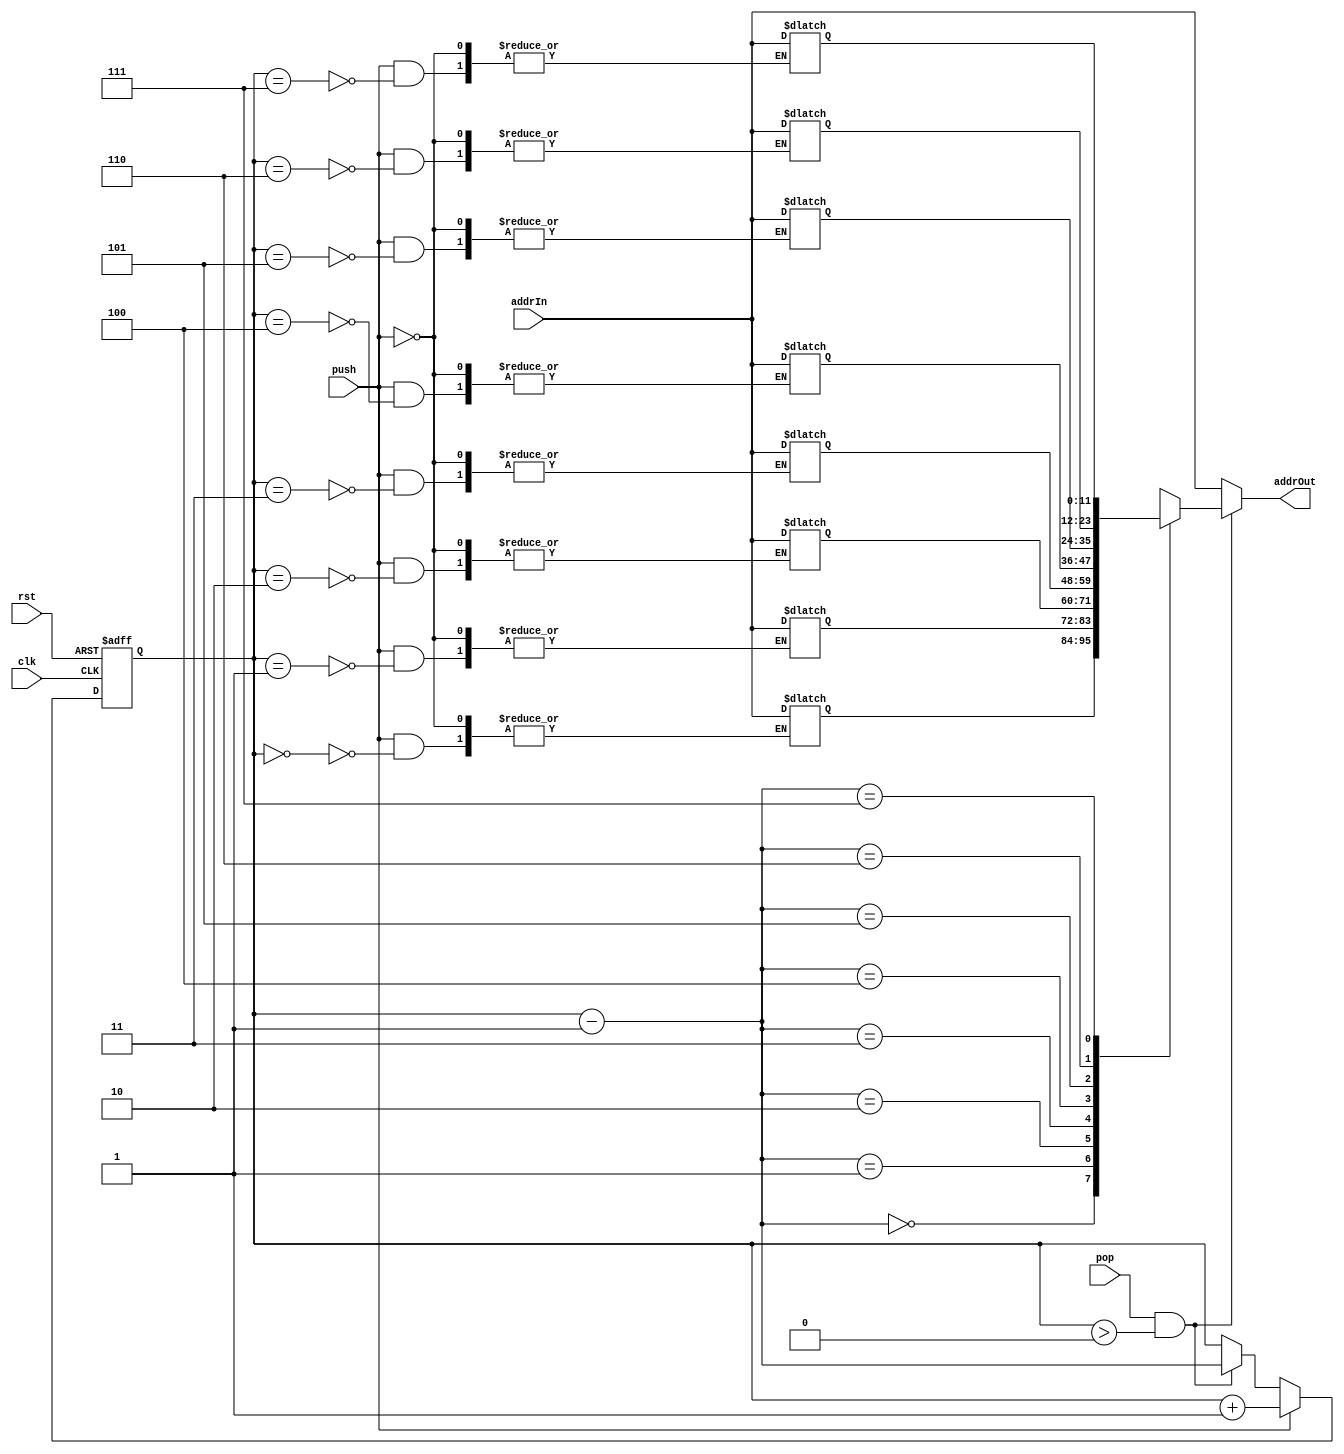
module stack(
	input clk, rst, push, pop,
	input [11:0]addrIn,
	output reg[11:0]addrOut
);
	reg [11:0] stack [0:7];
	reg [2:0] ptr;
	initial ptr = 0;

	always @(posedge clk, posedge rst) begin
		if (rst)
			ptr = 0;
		else if (push)
			ptr <= ptr + 1;
		else if (pop && ptr > 0)
			ptr <= ptr - 1;
	end

	always @(push, pop) begin
		if(push)
			stack[ptr] <= addrIn;
		if(pop && ptr > 0)
			addrOut <= stack[ptr - 1];
		else 
			addrOut <= addrIn;
	end
endmodule

module stackTB();
	reg clk, rst, push, pop;
	reg [11:0] addrIn;
	wire [11:0] addrOut;

	stack s1(clk, rst, push, pop, addrIn, addrOut);
	initial begin
		clk=0;
	    repeat (40)
	    #200 clk=~clk;
	end
	initial begin
    	rst = 1; 
    	#400;
    	rst = 0; 
    	addrIn = 12'b000000111111;
    	#400;
    	push = 1;
    	#400;
    	addrIn = 12'b000111111111;
    	push = 1;
    	#400;
    	push = 0;
    	pop = 1;
    	#400;
    	push = 0;
    	pop = 1;
    	#400;
    	push = 0;
    	pop = 0;
    	#400;
  	end

endmodule